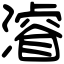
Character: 𣿰